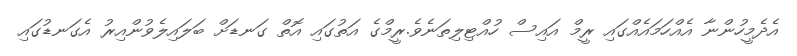
އެދެމީހުންނާ އެއްހަމައެއްގައި ރީމް އައިސް ހުއްޓިލިތަނެވެ.ރީމްގެ އަތުގައި އޮތް ގަނޑަށް ބަލައިލެވުންއިރު އެގަނޑުގައި